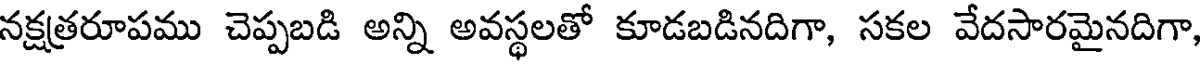
నక్షత్రరూపము చెప్పబడి అన్ని అవస్థలతో కూడబడినదిగా, సకల వేదసారమైనదిగా,